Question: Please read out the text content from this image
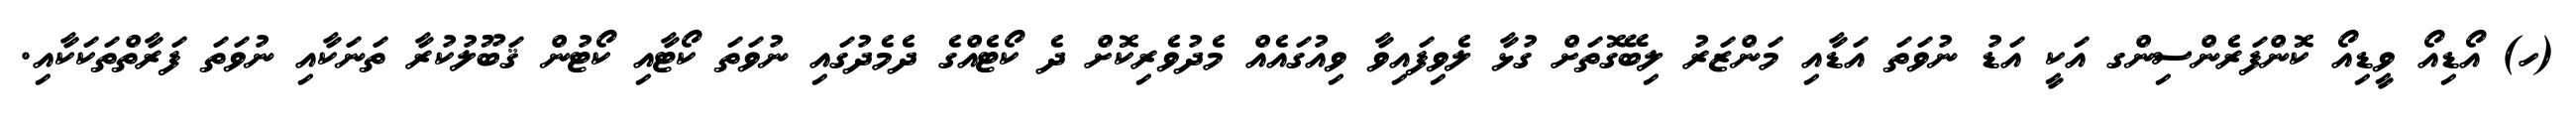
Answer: (ހ) އޯޑިއޯ ވީޑިއޯ ކޮންފަރެންސިންގ އަކީ އަޑު ނުވަތަ އަޑާއި މަންޒަރު ލިބޭގޮތަށް ގުޅާ ލެވިފައިވާ ވިއުގައެއް މެދުވެރިކޮށް ދެ ކޯޓެއްގެ ދެމެދުގައި ނުވަތަ ކޯޓާއި ކޯޓުން ޤަބޫލުކުރާ ތަނަކާއި ނުވަތަ ފަރާތްތަކަކާއި.